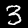
Label: 3